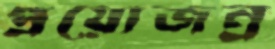
প্রয়োজন্র